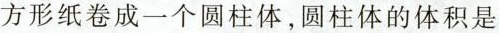
方形纸卷成一个圆柱体，圆柱体的体积是